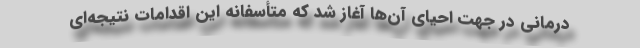
درمانی در جهت احیای آن‌ها آغاز شد که متأسفانه این اقدامات نتیجه‌ای